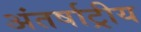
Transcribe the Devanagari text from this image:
अंतर्षाट्रीय